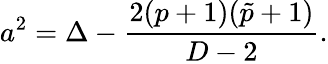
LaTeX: a^{2}=\Delta-{\frac{2(p+1)(\tilde{p}+1)}{D-2}}.